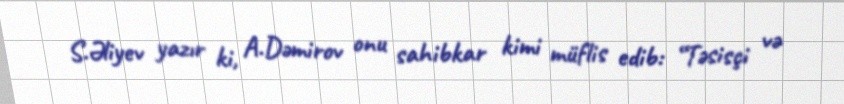
S.Əliyev yazır ki, A.Dəmirov onu sahibkar kimi müflis edib: “Təsisçi və